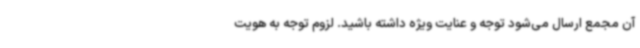
آن مجمع ارسال می‌شود توجه و عنایت ویژه داشته باشید. لزوم توجه به هویت